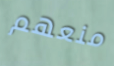
منعهم